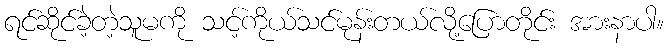
ရင်ဆိုင်ခဲ့တဲ့သူမကို သင့်ကိုယ်သင်မုန်းတယ်လို့ပြောတိုင်း အားနာပါ။